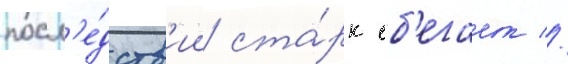
посл'е́дств'ии ста́рк сб'егает //